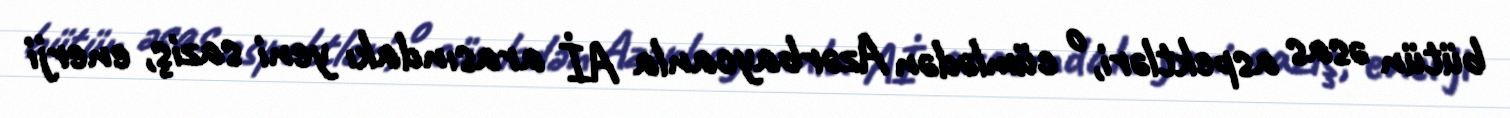
bütün əsas aspektləri, o cümlədən Azərbaycanla Aİ arasındakı yeni saziş, enerji